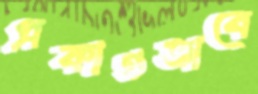
প্রকাণ্ডভাবে